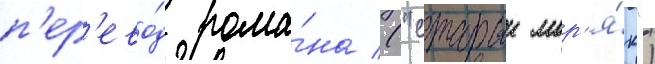
п'ер'ево́д рома́на ("старыи мор'я́к")